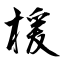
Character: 楥